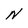
Character: N